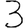
Digit: 3